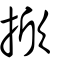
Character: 掀